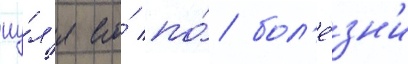
иу́л'я его́ по́ бол'е́зн'и